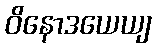
ဝိနောဒယေယျ